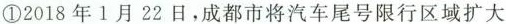
①2018年1月22日，成都市将汽车尾号限行区域扩大